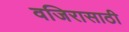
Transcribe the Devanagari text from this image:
वजिरासाठी